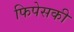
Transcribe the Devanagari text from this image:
फिपेसकी